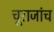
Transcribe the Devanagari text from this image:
चूराजांच